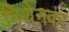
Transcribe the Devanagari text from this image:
मिथेनका